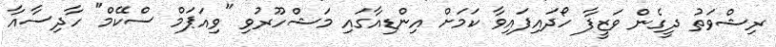
ރިޝްވަތު ދީގެން ވަޒީފާ ހޯދައިފައިވާ ކަމަށް އިންޑިއާގައި މަޝްހޫރުވި "ވިއަޕަމް ސްކޭމް" ހާދިސާއާ